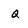
Character: Q